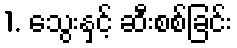
1. သွေးနှင့် ဆီးစစ်ခြင်း